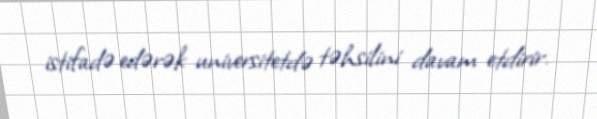
istifadə edərək universitetdə təhsilini davam etdirir.